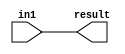
module passthrough_4bit (in1, result);
input [3:0] in1;
output reg [3:0] result;
// use verilog not operator - works on vectors
always@(*) begin
  result = in1;
end
endmodule